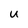
Character: U